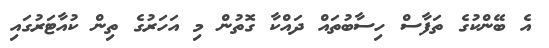
އެ ބޭންކުގެ ތަފާސް ހިސާބުތައް ދައްކާ ގޮތުން މި އަހަރުގެ ތިން ކުއާޓަރުގައި